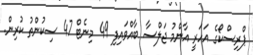
ޕްރިސްކޯގެ އަހަރީ އާންމު ޖަލްސާ ބާއްވައިފި 49 މިނެޓް 47 ސިކުންތު ކުރިން.